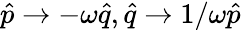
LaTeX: \hat{p}\rightarrow-\omega\hat{q},\hat{q}\rightarrow 1/\omega\hat{p}